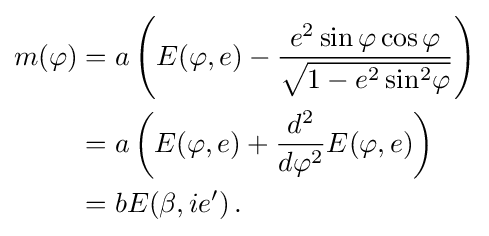
{\begin{aligned}m(\varphi )&=a\left(E(\varphi ,e)-{\frac {e^{2}\sin \varphi \cos \varphi }{\sqrt {1-e^{2}\sin {}^{\!2}\varphi }}}\right)\\&=a\left(E(\varphi ,e)+{\frac {d^{2}}{d\varphi ^{2}}}E(\varphi ,e)\right)\\&=bE(\beta ,ie')\,.\end{aligned}}